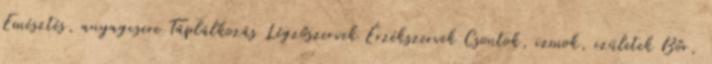
Emésztés, anyagcsere Táplálkozás Légzőszervek Érzékszervek Csontok, izmok, izületek Bőr,